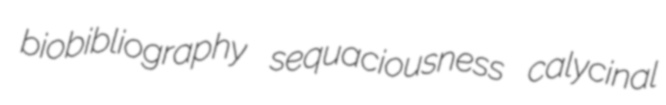
biobibliography sequaciousness calycinal